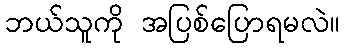
ဘယ်သူကို အပြစ်ပြောရမလဲ။